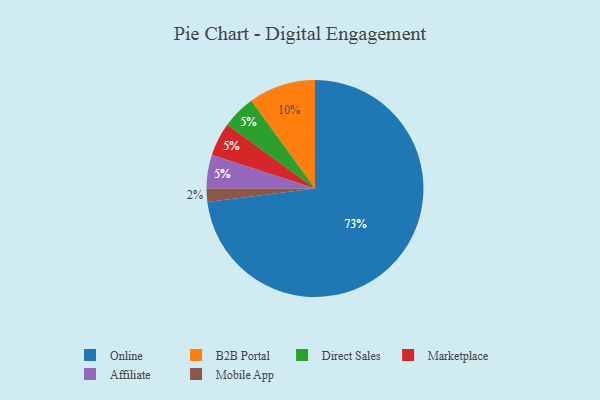
{"axis": {"x": "Category", "y": "Percentage"}, "legend": ["Affiliate", "B2B Portal", "Direct Sales", "Marketplace", "Mobile App", "Online"], "data": [{"x": "Direct Sales", "y": 5, "type": "Direct Sales"}, {"x": "Marketplace", "y": 5, "type": "Marketplace"}, {"x": "B2B Portal", "y": 10, "type": "B2B Portal"}, {"x": "Online", "y": 73, "type": "Online"}, {"x": "Mobile App", "y": 2, "type": "Mobile App"}, {"x": "Affiliate", "y": 5, "type": "Affiliate"}]}